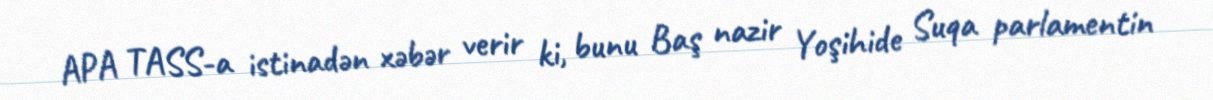
APA TASS-a istinadən xəbər verir ki, bunu Baş nazir Yoşihide Suqa parlamentin